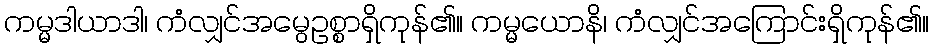
ကမ္မဒါယာဒါ၊ ကံလျှင်အမွေဥစ္စာရှိကုန်၏။ ကမ္မယောနိ၊ ကံလျှင်အကြောင်းရှိကုန်၏။